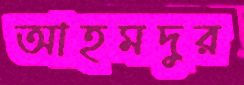
আহমদুর